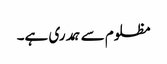
مظلوم سے ہمدری ہے۔